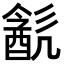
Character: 𨡳